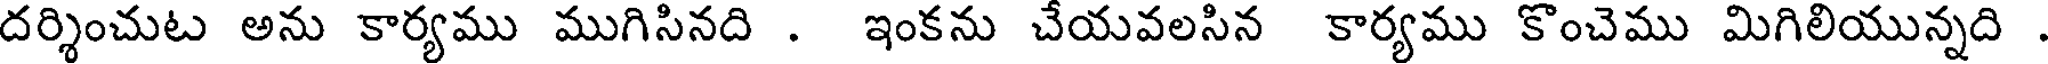
దర్శించుట అను కార్యము ముగిసినది . ఇంకను చేయవలసిన కార్యము కొంచెము మిగిలియున్నది .